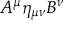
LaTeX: A ^ { \mu } \eta _ { \mu \nu } B ^ { \nu }